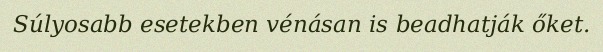
Súlyosabb esetekben vénásan is beadhatják őket.